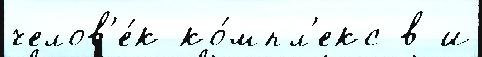
челов'е́к ко́мпл'екс в и